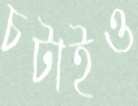
চটাইও